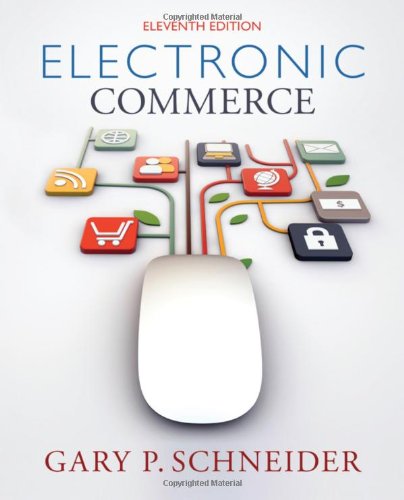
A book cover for Electronic Commerce; Gary Schneider; Computers & Technology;